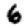
Digit: 6